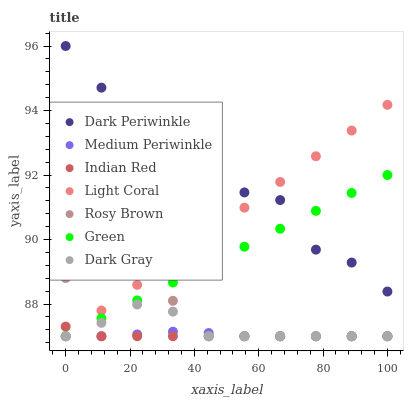
| xaxis_label | Dark Periwinkle | Medium Periwinkle | Indian Red | Light Coral | Rosy Brown | Green | Dark Gray |
 | --- | --- | --- | --- | --- | --- | --- | --- |
 | 0 | 96 | 87 | 87.3 | 87 | 88.8 | 87 | 87 |
 | 11.1 | 94.7 | 87 | 87 | 87.8 | 89.2 | 87.6 | 87.4 |
 | 22.2 | 93.9 | 87.1 | 87 | 88.6 | 89 | 88.1 | 88 |
 | 33.3 | 93.3 | 87.1 | 87 | 89.4 | 88.1 | 88.7 | 87.8 |
 | 44.4 | 92.5 | 87.1 | 87 | 90.2 | 87 | 89.2 | 87 |
 | 55.6 | 91.5 | 87 | 87 | 91 | 87 | 89.8 | 87 |
 | 66.7 | 91.2 | 87 | 87 | 91.8 | 87 | 90.3 | 87 |
 | 77.8 | 89.7 | 87 | 87 | 92.6 | 87 | 90.9 | 87 |
 | 88.9 | 89.3 | 87 | 87 | 93.4 | 87 | 91.4 | 87 |
 | 100 | 88.4 | 87 | 87 | 94.2 | 87 | 92 | 87 |